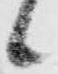
候